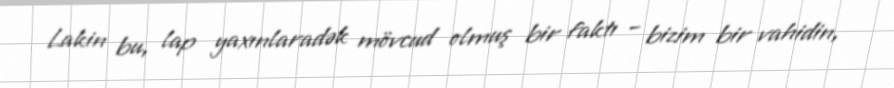
Lakin bu, lap yaxınlaradək mövcud olmuş bir faktı – bizim bir vahidin,